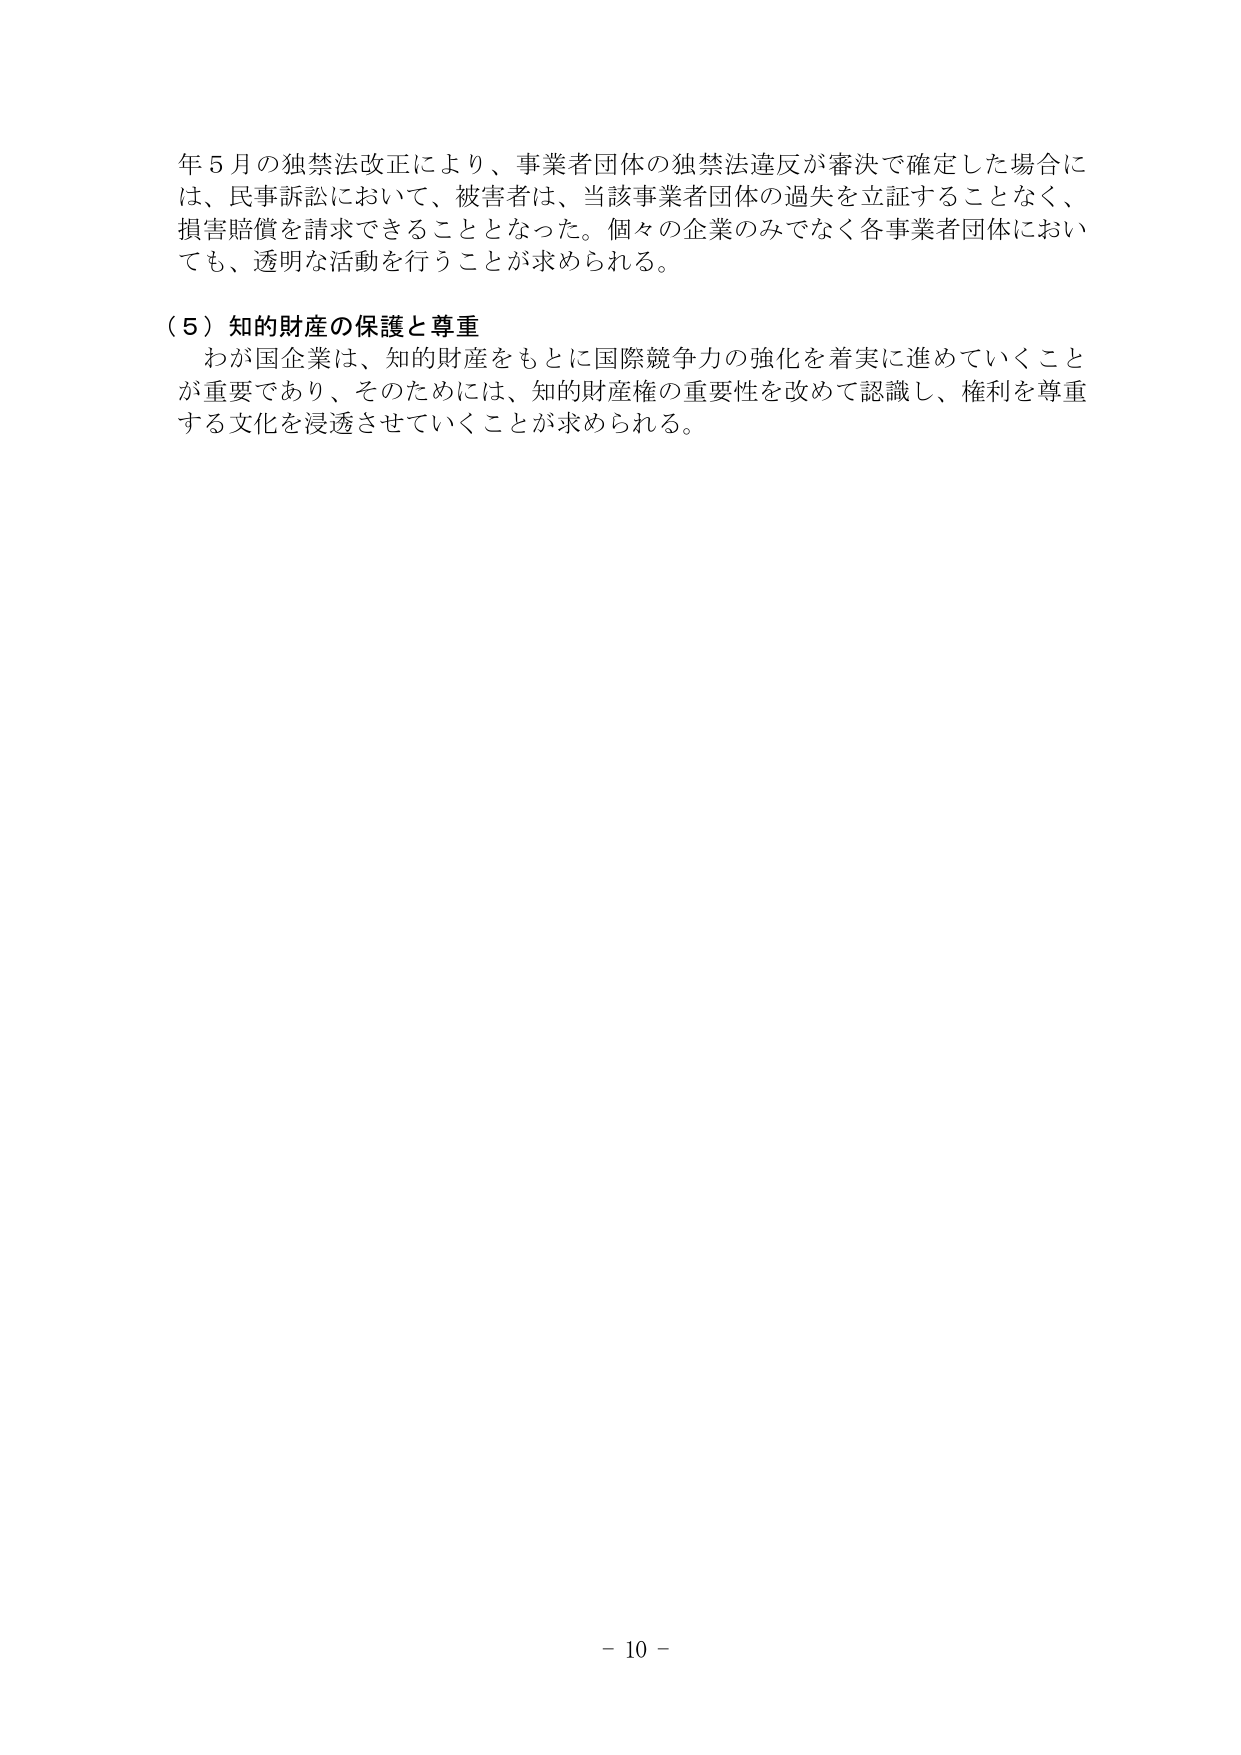
年５月の独禁法改正により、事業者団体の独禁法違反が審決で確定した場合には、民事訴訟において、被害者は、当該事業者団体の過失を立証することなく、損害賠償を請求できることとなった。個々の企業のみでなく各事業者団体においても、透明な活動を行うことが求められる。

（５）知的財産の保護と尊重
　わが国企業は、知的財産をもとに国際競争力の強化を着実に進めていくことが重要であり、そのためには、知的財産権の重要性を改めて認識し、権利を尊重する文化を浸透させていくことが求められる。

－ 10 －